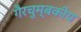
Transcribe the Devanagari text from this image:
गैरचुम्बकीय